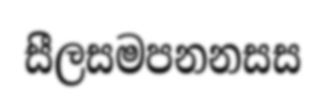
සීලසමපනනසස